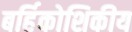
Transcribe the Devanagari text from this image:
बर्हिकोशिकीय